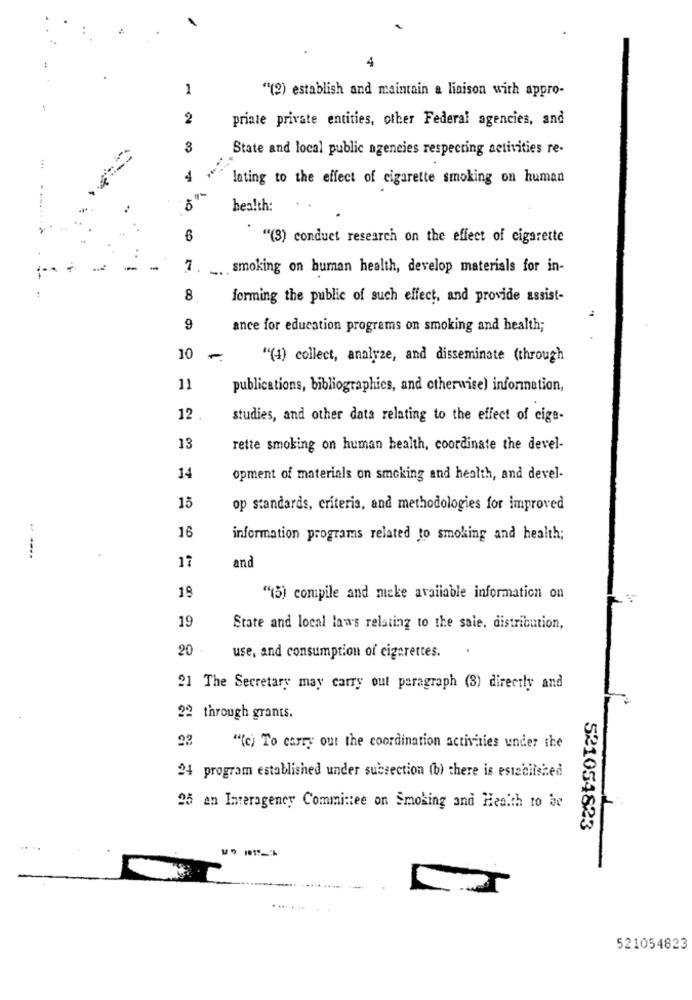
4
1
""(2) establish and maintain a liaison with appro-
2
priate private entities, other Federal agencies, and
3
State and local public agencies respecting activities re-
4
lating to the effect of cigarette smoking on human
health:
6
"""(3) conduct research on the effect of cigarette
7. ... smoking on human health, develop materials for in-
8
forming the public of such effect, and provide assist-
9
ance for education programs on smoking and health;
10
-
""(4) collect, analyze, and disseminate (through
11
publications, bibliographies, and otherwise) information,
12
studies, and other data relating to the effect of cige-
13
rette smoking on human health, coordinate the devel-
14
opment of materials on smoking and health, and devel-
15
op standards, criteria, and methodologies for improved
16
information programs related to smoking and health;
-----
17
and
18
"(5) compile and micke available information on
19
State and local laws relating to the sale, distribution,
20
use, and consumption of cigarettes.
21 The Secretary may carry out paragraph (3) directly and
22 through grants.
22
"(c) To carry out the coordination activities under the
24 program established under subsection (b) there is established
25 an Interagency Committee on Smoking and Health to be
521054823
r
521054823